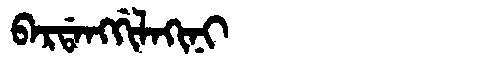
Manchu: ᠪᠠᡵᡩᠠᠩᡤᡳᠯᠠᡴᡳᠨᡳ
Romanization: BARDANGGILAKINI